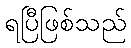
ရပြီဖြစ်သည်